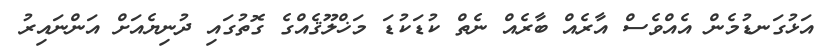
އަޅުގަނޑުމެން އެއްވެސް އާރެއް ބާރެއް ނެތް ކުޑަކުޑަ މަޚްލޫޤެއްގެ ގޮތުގައި ދުނިޔެއަށް އަންނައިރު